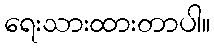
ရေးသားထားတာပါ။